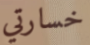
خسارتي